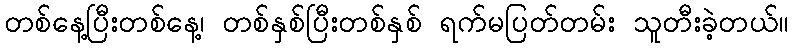
တစ်နေ့ပြီးတစ်နေ့၊ တစ်နှစ်ပြီးတစ်နှစ် ရက်မပြတ်တမ်း သူတီးခဲ့တယ်။